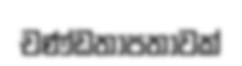
චණ්ඩතාපතාවක්